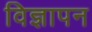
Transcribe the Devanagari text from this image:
विज्ञापन